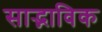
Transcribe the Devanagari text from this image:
साद्भाविक